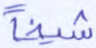
شيخا